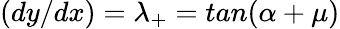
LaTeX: (dy/dx)=\lambda_{+}=tan(\alpha+\mu)